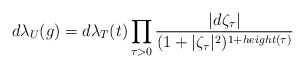
\begin{align*}d\lambda_{U}(g)=d\lambda_T(t)\prod_{\tau>0}\frac{|d\zeta_\tau|}{(1+|\zeta_\tau|^2)^{1+height(\tau)}}\end{align*}